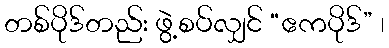
တစ်ပိုဒ်တည်း ဖွဲ့စပ်လျှင် “ဧကပိုဒ်” ၊